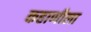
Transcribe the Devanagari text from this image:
कहाणीला